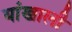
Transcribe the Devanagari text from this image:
यांखाली